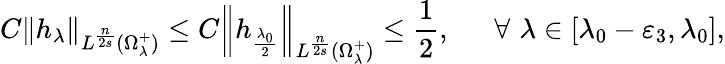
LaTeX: C\left\| h_{\lambda}\right\| _{L^{\frac{n}{2s}}(\Omega_{\lambda}^{+})}\leq C\left\| h_{\frac{\lambda_{0}}{2}}\right\| _{L^{\frac{n}{2s}}(\Omega_{\lambda}^{+})}\leq\frac{1}{2},\, \, \quad\, \forall\, \, \lambda\in[\lambda_{0}-\varepsilon_{3},\lambda_{0}],